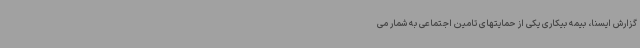
گزارش ایسنا، بیمه بیکاری یکی از حمایتهای تامین اجتماعی به شمار می